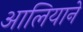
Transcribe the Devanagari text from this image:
आलियाने